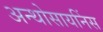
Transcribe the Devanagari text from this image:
अन्थोसायनिंस